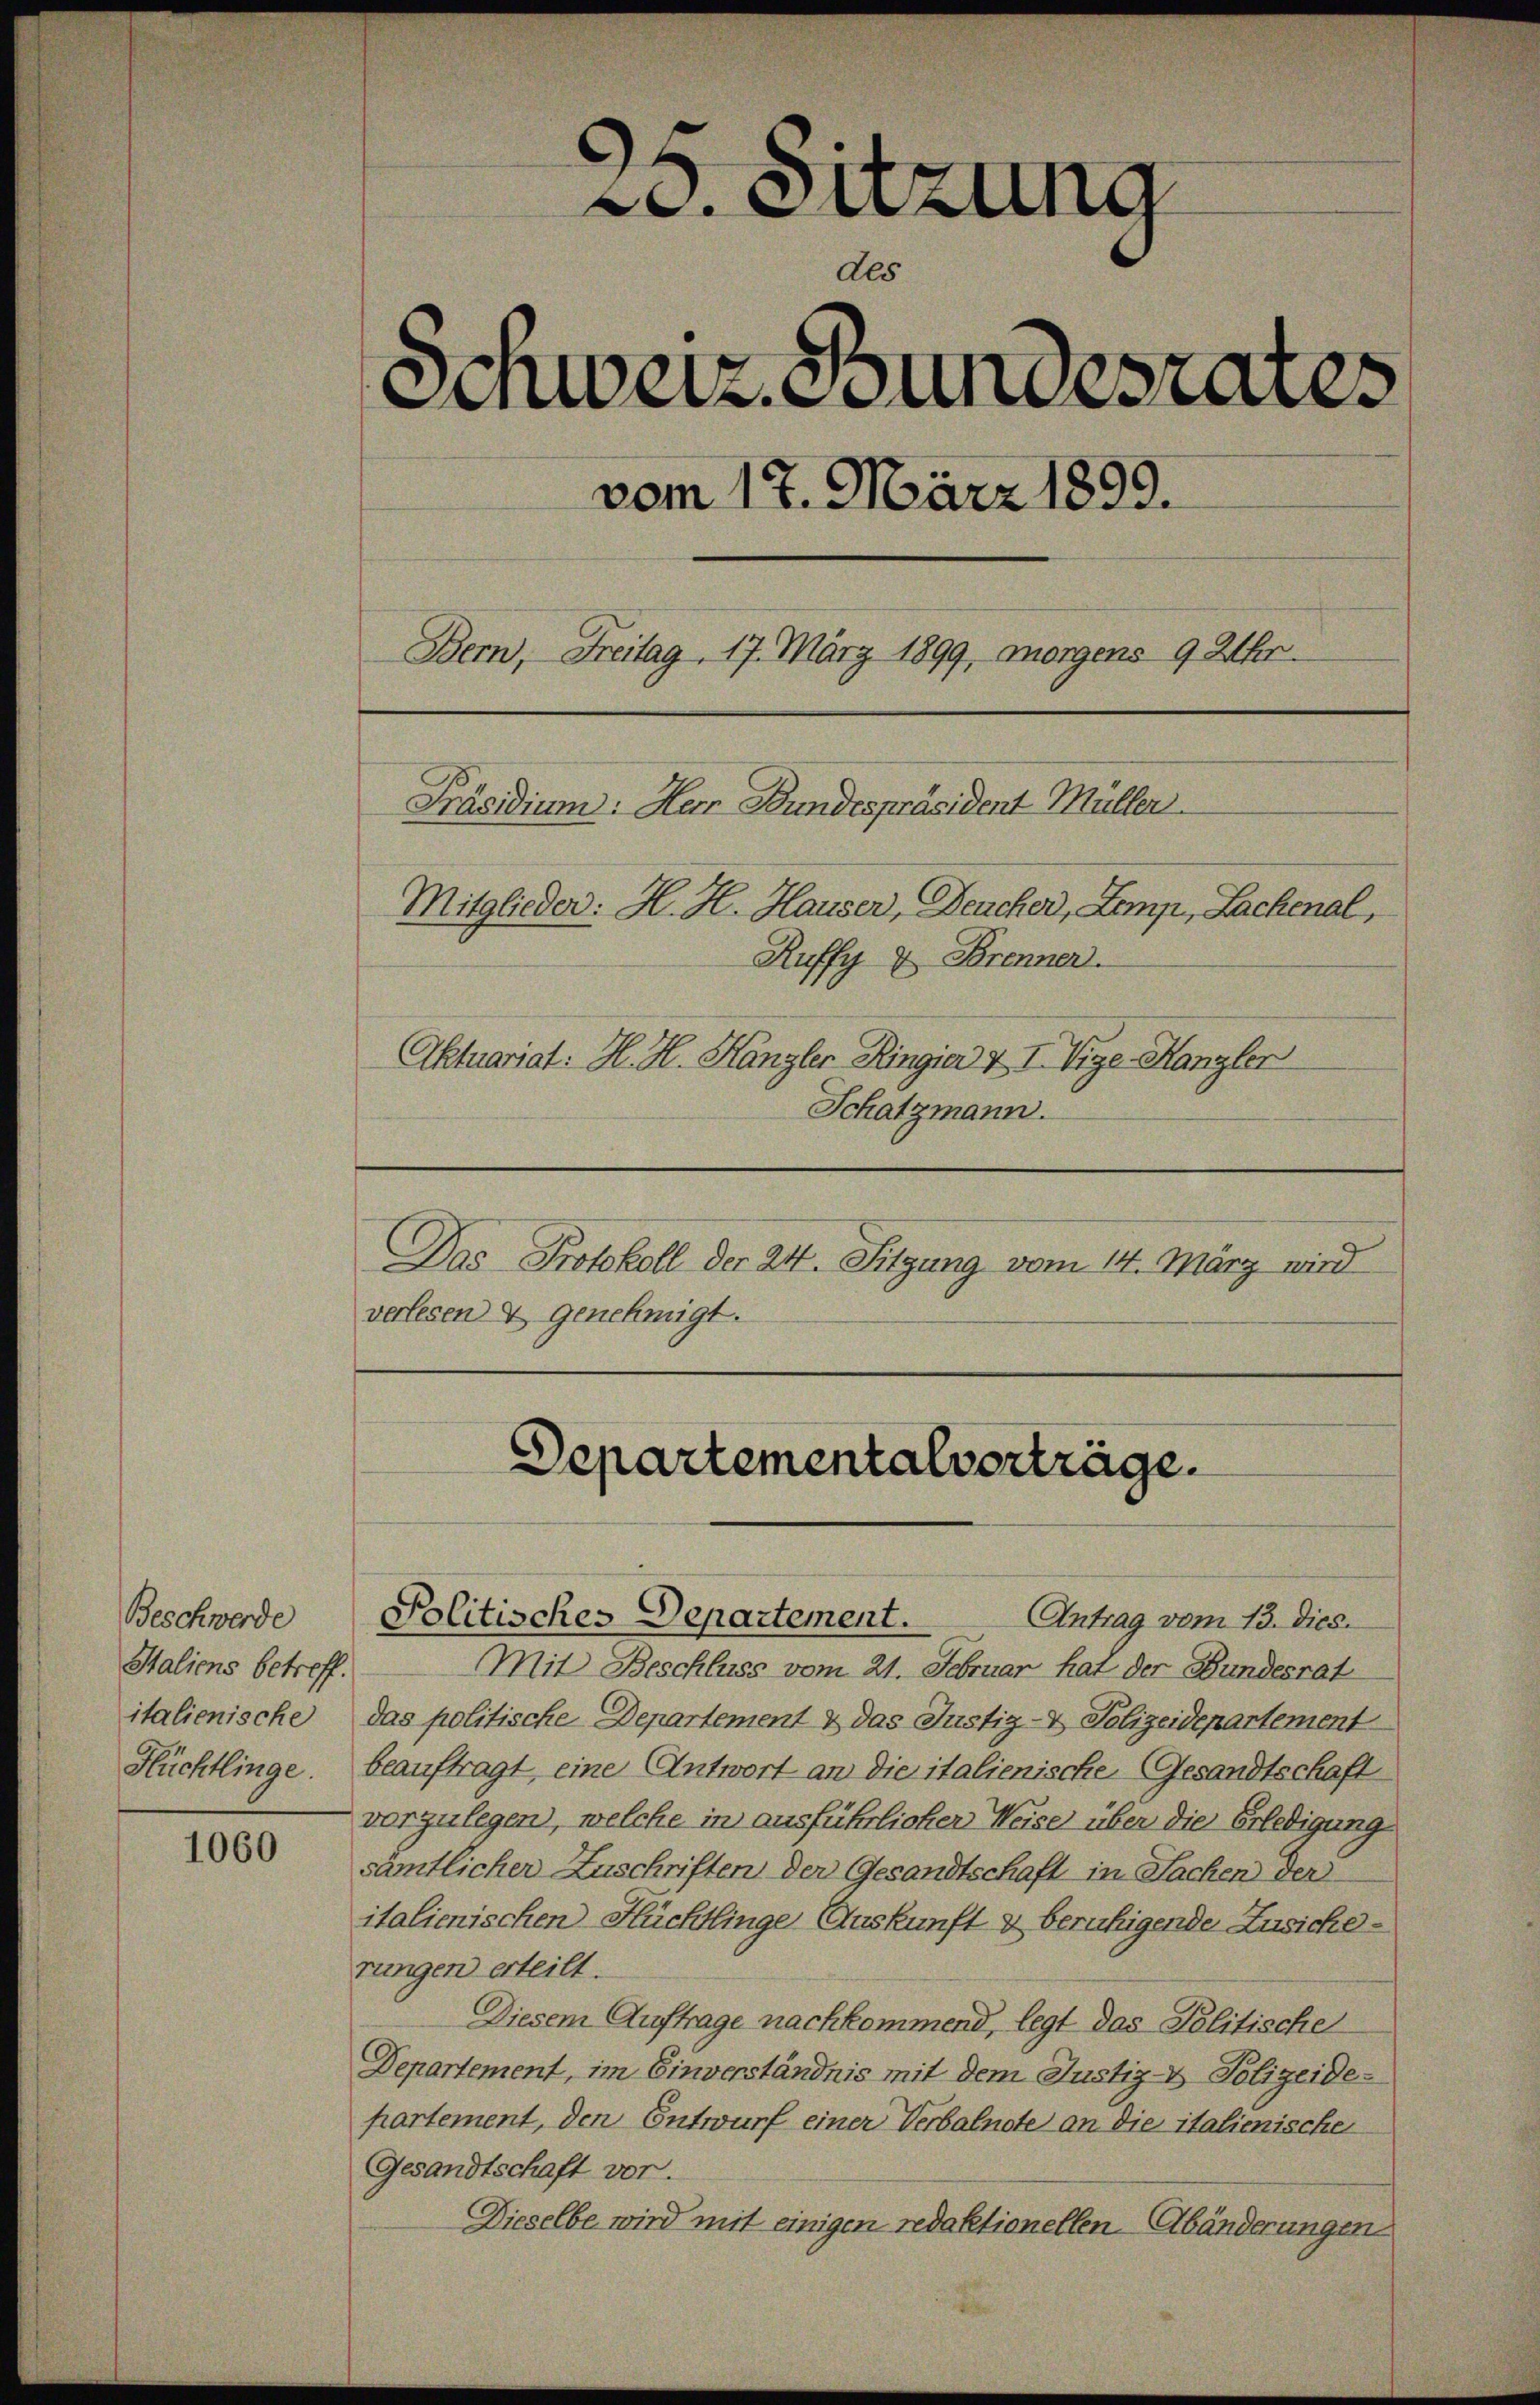
Beschwerde
Italiens betreff.
italienische
Flüchtlinge.

1060

20. Sitzung
des
Schweiz. Bundesrates
vom 17. März 1890.
Bern, Freitag. 17. März 1899, morgens 9 Uhr.
Präsidium. Herr Bundespräsident Müller
Mitglieder: H. H. Hauser, Deucher, Lemp, Lachenal,
Ruffy & Brenner.
Aktuariat: H. H. Hangler Ringia & I Vize-Kanzler
Schatzmann.
Das Protokoll der 24. Sitzung vom 14. März wird
verlesen & genehmigt.

Departementalverträge.

Antrag vom 13. Dies

Politisches Departement.
Mit Beschluss vom 21. Februar hat der Bundesrat
das politische Departement & das Justiz- & Polizeidepartement
beauftragt, eine Antwort an die italienische (Gesandtschaft
vorzulegen, welche in ausführlicher Weise über die Erledigung
sämtlicher Zuschriften der Gesandtschaft in Sachen der
italienischen Hüchtlinge Auskunft & beruhigende Zusicherungen erteilt.
Diesem Auftrage nachkommend, legt das Politische
Departement, im Einverständnis mit dem Justiz- & Polizeidepartement, den Entwurf einer Verbalnote an die italienischen
Gesandtschaft vor.
Dieselbe wird mit einigen redaktionellen-Abänderungen